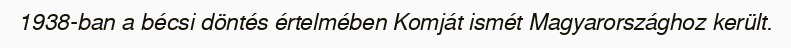
1938-ban a bécsi döntés értelmében Komját ismét Magyarországhoz került.